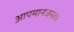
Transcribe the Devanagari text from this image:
आपमानजनक